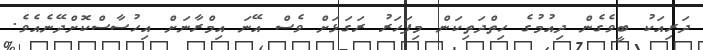
ދަރިއަކު ބީވެގެން ދިއުމުގެ ހިތްދަތިކަން މިފަހަރު ރަގަޅަށް ވެސް އޭނަ އިމްރާނަށް އިހުސާސްކޮށްދޭނެއެވެ.